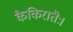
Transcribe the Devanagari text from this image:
कैकिरातैः।